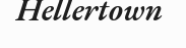
Hellertown